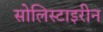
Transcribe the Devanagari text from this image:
सोलिस्टाइरीन